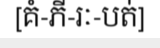
[គំ-ភី-រៈ-បត់]